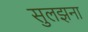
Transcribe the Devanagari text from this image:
सुलझना